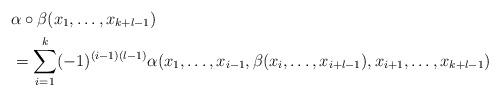
LaTeX: \begin{align*}& \alpha\circ \beta (x_1, \ldots , x_{k+l-1})\\& = \sum_{i=1}^k(-1)^{(i-1)(l-1)} \alpha(x_1, \ldots, x_{i-1}, \beta(x_i, \ldots , x_{i+l-1}), x_{i+1}, \ldots , x_{k+l-1})\end{align*}